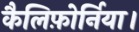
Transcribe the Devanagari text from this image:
कैलिफ़ोर्निया।